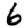
Digit: 6